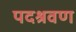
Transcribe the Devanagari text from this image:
पदश्रवण